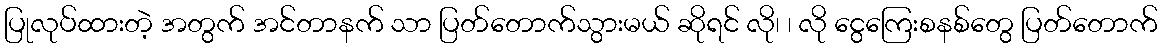
ပြုလုပ်ထားတဲ့ အတွက် အင်တာနက် သာ ပြတ်တောက်သွားမယ် ဆိုရင် လို၊ ၊ လို ငွေကြေးစနစ်တွေ ပြတ်တောက်